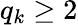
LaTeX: q_{k}\geq 2